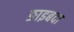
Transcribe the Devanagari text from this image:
ङाइबदा